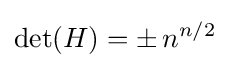
\operatorname {det} (H)=\pm \,n^{n/2}